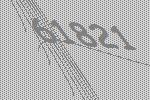
61821